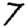
Digit: 7